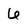
Character: 6